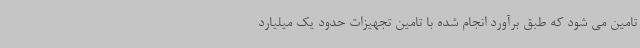
تامین می شود که طبق برآورد انجام شده با تامین تجهیزات حدود یک میلیارد